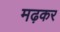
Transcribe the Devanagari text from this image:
मढ़कर